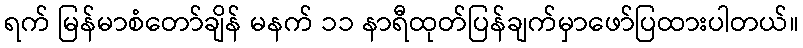
ရက် မြန်မာစံတော်ချိန် မနက် ၁၁ နာရီထုတ်ပြန်ချက်မှာဖော်ပြထားပါတယ်။